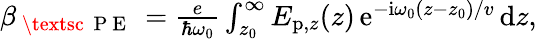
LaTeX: \begin{array}{r}{\beta_{\mathrm{~\textsc~{~P~E~}~}}=\frac{e}{\hbar\omega_{0}}\int_{z_{0}}^{\infty}E_{\mathrm{p},z}(z)\, \mathrm{e}^{-\mathrm{i}\omega_{0}(z-z_{0})/v}\, \mathrm{d}z,}\end{array}